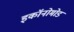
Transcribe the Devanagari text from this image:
इकॉनोमोड